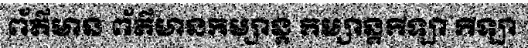
ព័ត៌មាន ព័ត៌មានកម្សាន្ត កម្សាន្តកីឡា កីឡា